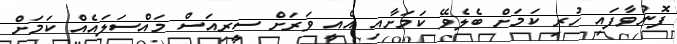
ފޮނުވާފައި ހުރި ކަމަށް ބެލެވޭ ކަމަށާއި އެއީ ވަރަށް ސީރިއަސް މައްސަލައެއް ކަމަށް